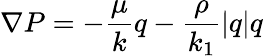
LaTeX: \nabla P=-\frac{\mu}{k}q-\frac{\rho}{k_{1}}|q|q